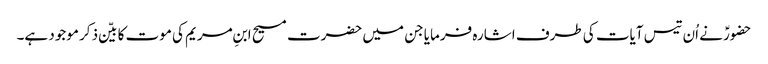
حضورؑ نے اُن تیس آیات کی طرف اشارہ فرمایا جن میں حضرت مسیح ابنِ مریم کی موت کا بیّن ذکر موجود ہے۔